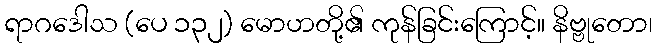
ရာဂဒေါသ (ပေ ၁၃၂) မောဟတို့၏ ကုန်ခြင်းကြောင့်။ နိဗ္ဗုတော၊